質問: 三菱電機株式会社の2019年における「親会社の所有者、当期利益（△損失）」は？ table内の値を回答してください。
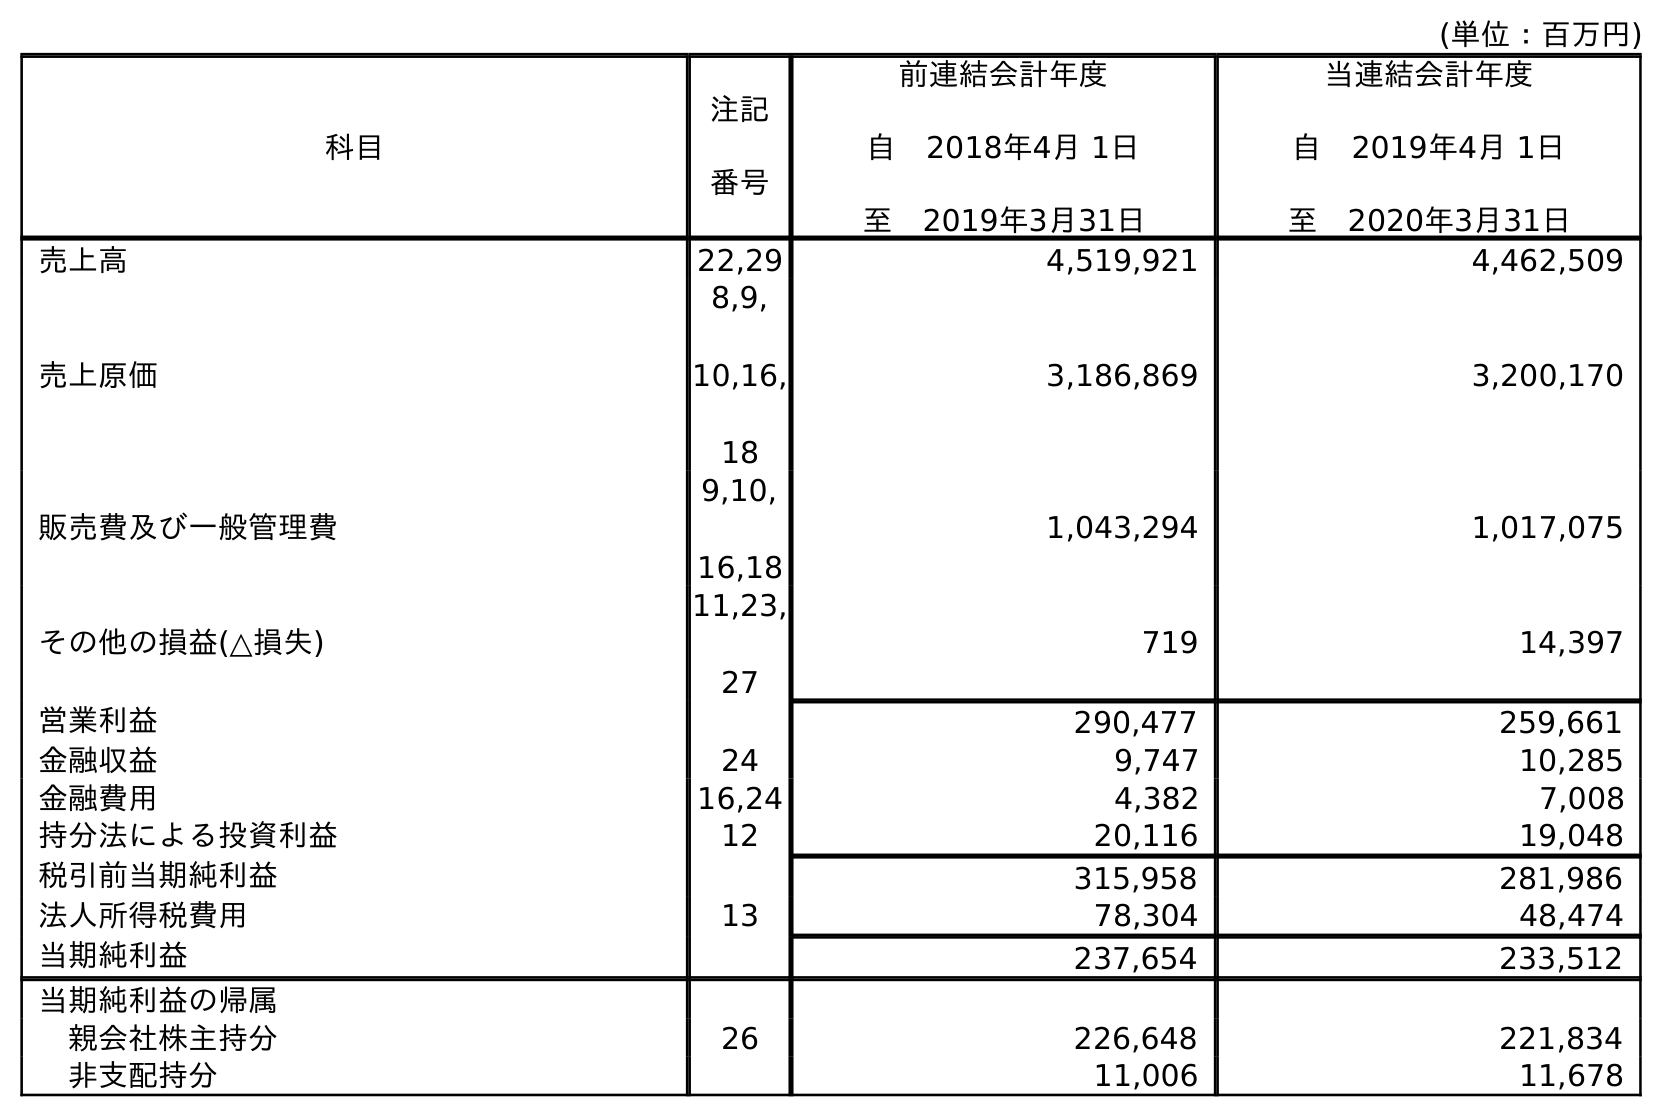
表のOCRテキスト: (単位：百万円) 科目 注記 番号 前連結会計年度 自 2018年4月 1日 至 2019年3月31日 当連結会計年度 自 2019年4月 1日 至 2020年3月31日 売上高 22,29 4,519,921 4,462,509 売上原価 8,9, 10,16, 18 3,186,869 3,200,170 販売費及び一般管理費 9,10, 16,18 1,043,294 1,017,075 その他の損益(△損失) 11,23, 27 719 14,397 営業利益 290,477 259,661 金融収益 24 9,747 10,285 金融費用 16,24 4,382 7,008 持分法による投資利益 12 20,116 19,048 税引前当期純利益 315,958 281,986 法人所得税費用 13 78,304 48,474 当期純利益 237,654 233,512 当期純利益の帰属 親会社株主持分 26 226,648 221,834 非支配持分 11,006 11,678
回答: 226,648